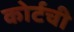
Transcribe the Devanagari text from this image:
कोर्टची